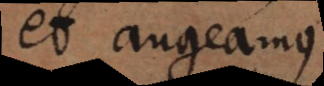
et augeamus